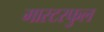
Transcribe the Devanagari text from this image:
मास्टरफुल